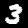
Digit: 3